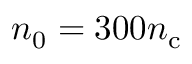
n _ { 0 } = 3 0 0 n _ { \mathrm { c } }